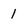
Character: 1